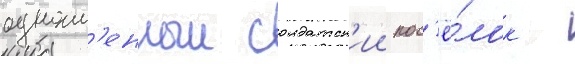
одноим'енныи солдатск'ии пос'ё́лок -